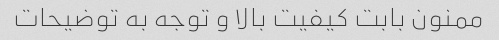
ممنون بابت کیفیت بالا و توجه به توضیحات